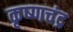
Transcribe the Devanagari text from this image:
कृष्‍णचंद्र